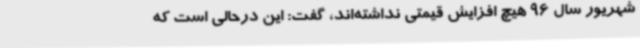
شهریور سال 96 هیچ افزایش قیمتی نداشته‌اند، گفت: این درحالی است که